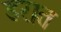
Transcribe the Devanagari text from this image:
डरात